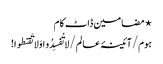
⋆ مضامین ڈاٹ کام
ہوم/آئینۂ عالم/لا تُفسِدُو ا وَلا تَقنطوا!